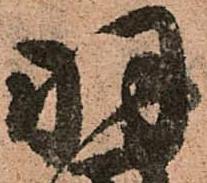
羽